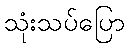
သုံးသပ်ပြော